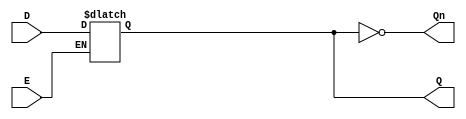
module async_gated_latch (
    input wire D,      // Data input
    input wire E,      // Enable/control signal
    output reg Q,      // Output
    output wire Qn     // Inverted output
);

// Inverted output
assign Qn = ~Q;

// Always block to implement the latch behavior
always @(*) begin
    if (E) begin
        Q = D;  // When E is high, Q follows D
    end
    // When E is low, Q retains its current state
end

endmodule